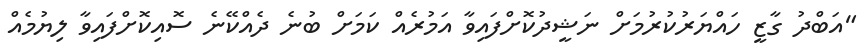
"އަބްދު ގާޒީ ހައްޔަރުކުރުމަށް ނަޝީދުކޮށްފައިވާ އަމުރެއް ކަމަށް ބުނެ ދެއްކޭނެ ސޮއިކޮށްފައިވާ ލިޔުމެއް